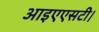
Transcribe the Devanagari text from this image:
आइएएसटी।